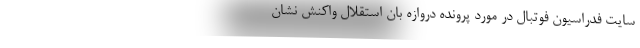
سایت فدراسیون فوتبال در مورد پرونده دروازه بان استقلال واکنش نشان